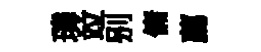
璘竝别傭薦